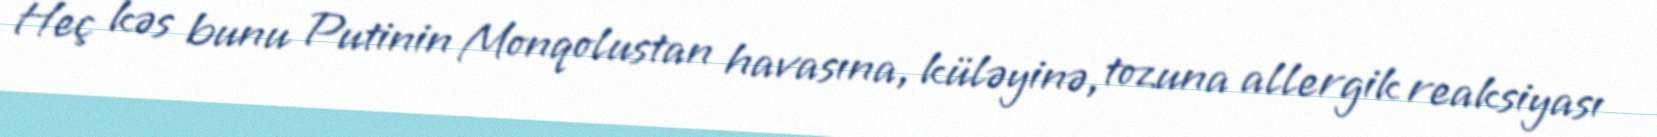
Heç kəs bunu Putinin Monqolustan havasına, küləyinə, tozuna allergik reaksiyası